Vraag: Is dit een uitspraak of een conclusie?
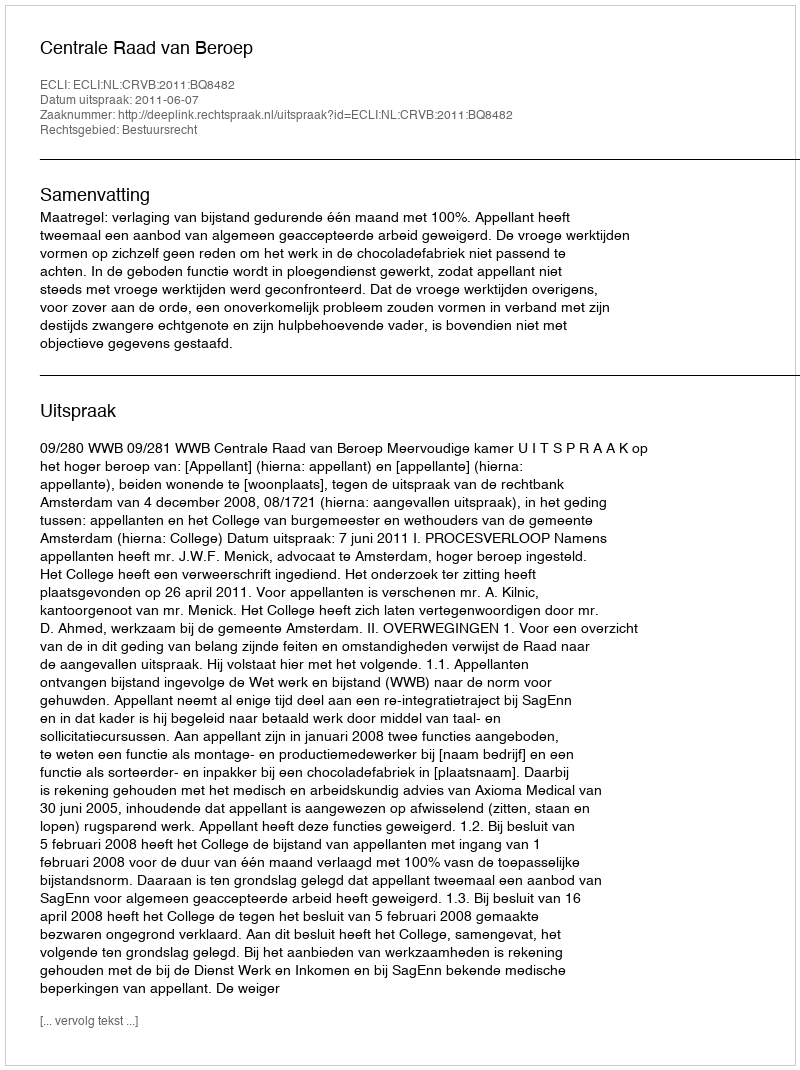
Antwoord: Uitspraak